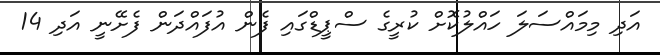
އަދި މިމައްސަލަ ހައްލުކޮށް ކުރީގެ ސްޕީޑްގައި ފެން އުފައްދަން ފެށޭނީ އަދި 14